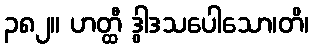
၃၈၂။ ဟတ္ထီ ဒွါဒသပေါသော၊တိ၊